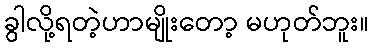
ခွါလို့ရတဲ့ဟာမျိုးတော့ မဟုတ်ဘူး။